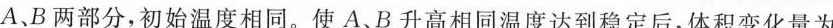
A、B两部分，初始温度相同。使A、B升高相同温度达到稳定后，体积变化量为